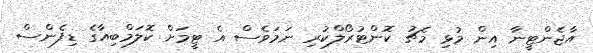
އާޖެންޓީނާ އިން މުޅި މެޗު ކޮންޓުރޯލްކުރި ނަމަވެސް އެ ޓީމަށް ކޮލަމްބިއާގެ ޑިފެންސް